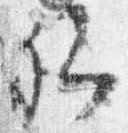
卿